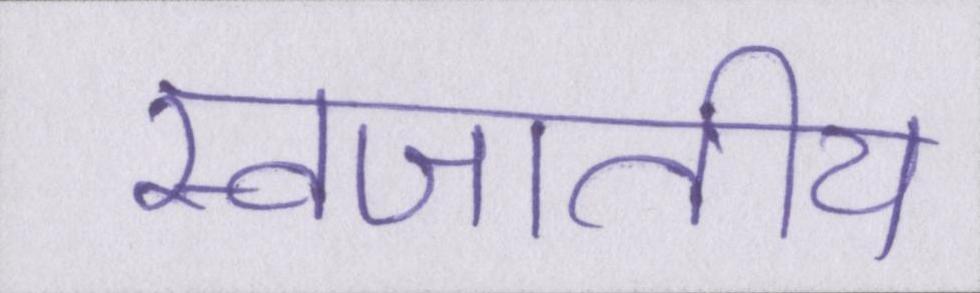
स्वजातीय